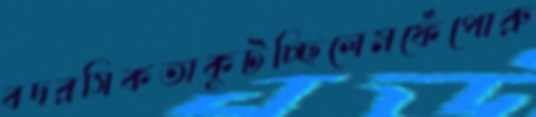
বদরসিকতাকুটচ্ছিলেমফেঁপোরু